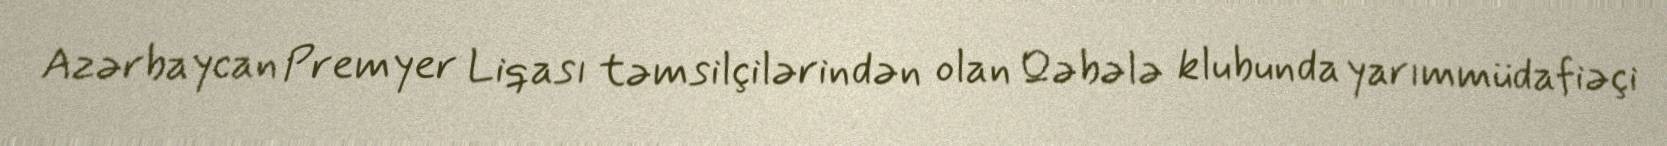
Azərbaycan Premyer Liqası təmsilçilərindən olan Qəbələ klubunda yarımmüdafiəçi